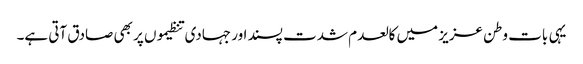
یہی بات وطن عزیز میں کالعدم شدت پسند اور جہادی تنظیموں پر بھی صادق آتی ہے۔